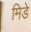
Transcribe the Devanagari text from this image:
मिडे